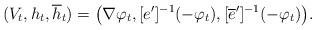
LaTeX: \begin{align*}(V_{t},h_{t},\overline{h}_{t})=\big(\nabla\varphi_{t},[e^{\prime}]^{-1}(-\varphi_{t}),[\overline{e}^{\prime}]^{-1}(-\varphi_{t})\big).\end{align*}